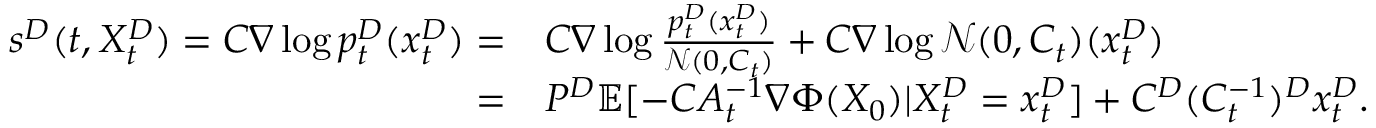
\begin{array} { r l } { s ^ { D } ( t , X _ { t } ^ { D } ) = C \nabla \log p _ { t } ^ { D } ( x _ { t } ^ { D } ) = } & { C \nabla \log \frac { p _ { t } ^ { D } ( x _ { t } ^ { D } ) } { \mathcal { N } ( 0 , C _ { t } ) } + C \nabla \log \mathcal { N } ( 0 , C _ { t } ) ( x _ { t } ^ { D } ) } \\ { = } & { P ^ { D } \mathbb { E } [ - C A _ { t } ^ { - 1 } \nabla \Phi ( X _ { 0 } ) | X _ { t } ^ { D } = x _ { t } ^ { D } ] + C ^ { D } ( C _ { t } ^ { - 1 } ) ^ { D } x _ { t } ^ { D } . } \end{array}